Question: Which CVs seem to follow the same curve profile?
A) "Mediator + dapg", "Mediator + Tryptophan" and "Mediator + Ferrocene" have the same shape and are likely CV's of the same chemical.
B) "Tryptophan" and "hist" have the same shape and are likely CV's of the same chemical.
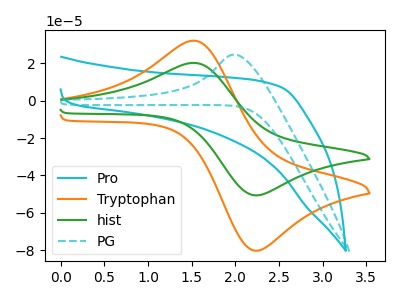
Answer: <think>The cyan curve "Pro" has no peaks. The orange curve "Tryptophan" has an anodic peak at (1.55V, 32.25uA) and a cathodic peak at (2.20V, -80.10uA). The green curve "hist" has an anodic peak at (1.55V, 20.35uA) and a cathodic peak at (2.20V, -50.55uA). The cyan dashed curve "PG" has an anodic peak at: (2.00V, 24.80uA).
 "Pro" and "Tryptophan" have a different number of peaks. "Pro" and "hist" have a different number of peaks. "Pro" and "PG" have a different number of peaks. All the peaks in "Tryptophan" have a peak in "hist" at the same potential. Every peak in "Tryptophan" is higher than every peak in "hist". "Tryptophan" and "PG" have a different number of peaks. "hist" and "PG" have a different number of peaks.</think>
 <answer>B) "Tryptophan" and "hist" have the same shape and are likely CV's of the same chemical.</answer>
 <eval>B</eval>